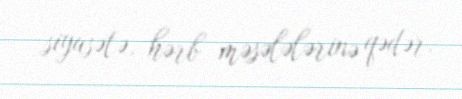
siyasətə, hərb məsələlərinə qədər.